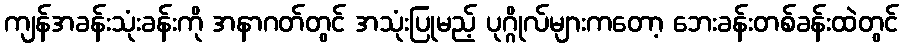
ကျန်အခန်းသုံးခန်းကို အနာဂတ်တွင် အသုံးပြုမည့် ပုဂ္ဂိုလ်များကတော့ ဘေးခန်းတစ်ခန်းထဲတွင်